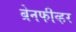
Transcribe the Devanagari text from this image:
ब्रेनफीव्हर